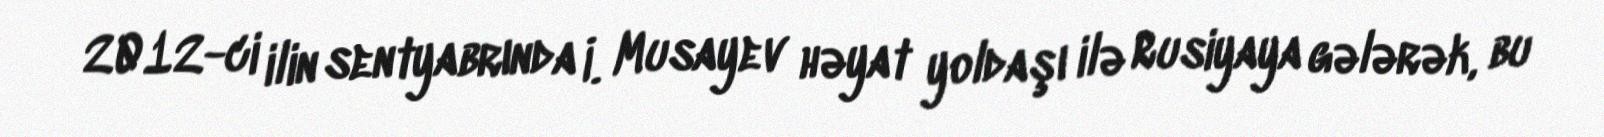
2012-ci ilin sentyabrında İ. Musayev həyat yoldaşı ilə Rusiyaya gələrək, bu